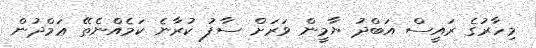
މިހާރުގެ ރައީސް އަބްދު ޔާމީން ވަރަށް ސާފު ކުރާނެ ކަމެއްނެތޭ ޢަމްދުން